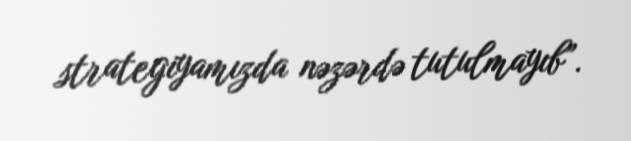
strategiyamızda nəzərdə tutulmayıb”.